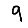
Digit: 9